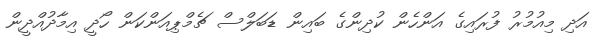
އަދި މިއުމުރު ފުރައިގެ އަންހެން ކުދިންގެ ބައިން ޑަބަލްސް ޗެމްޕިއަންކަން ހޯދީ އިމާދުއްދީން